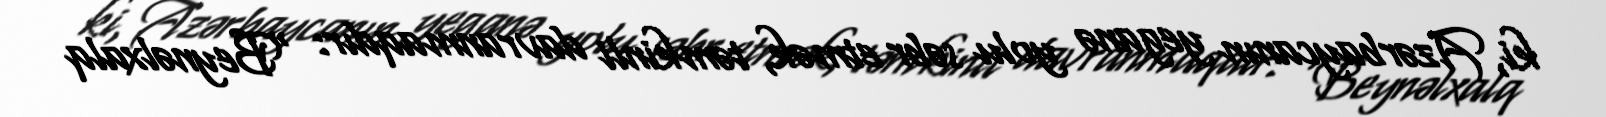
ki, Azərbaycanın yeganə yolu səbr etmək, təmkinli davranmaqdır: “Beynəlxalq